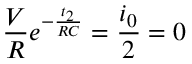
\frac { V } { R } e ^ { - \frac { t _ { 2 } } { R C } } = \frac { i _ { 0 } } { 2 } = 0